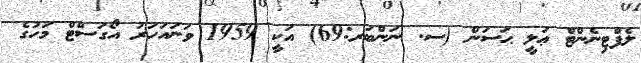
ލެފްޓިނެންޓް ޢަލީ ޙަސަން (ސ. ނަންބަރ:69) އަކީ 1959 ވަނައަހަރު އޯގަސްޓް މަހުގެ